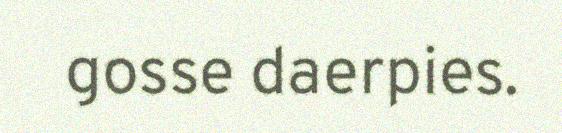
gosse daerpies.